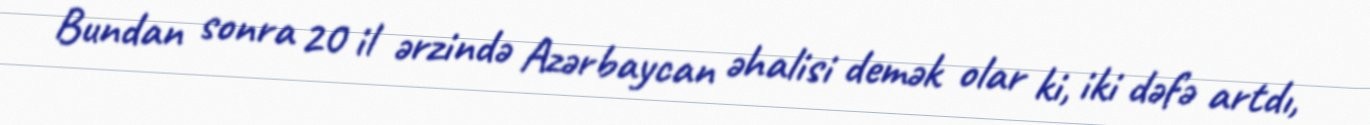
Bundan sonra 20 il ərzində Azərbaycan əhalisi demək olar ki, iki dəfə artdı,